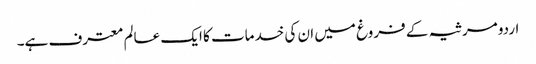
اردو مرثیہ کے فروغ میں ان کی خدمات کا ایک عالم معترف ہے۔